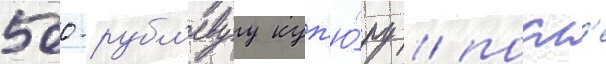
500-рубл'евуу куп'ю́ру / посл'е